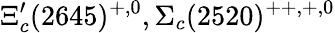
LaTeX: \Xi_{c}^{\prime}(2645)^{+,0},\Sigma_{c}(2520)^{++,+,0}